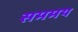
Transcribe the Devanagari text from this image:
सममय